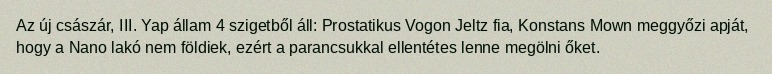
Az új császár, III. Yap állam 4 szigetből áll: Prostatikus Vogon Jeltz fia, Konstans Mown meggyőzi apját, hogy a Nano lakó nem földiek, ezért a parancsukkal ellentétes lenne megölni őket.